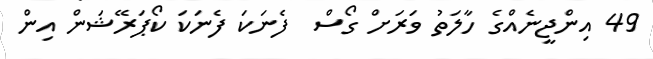
49 އިންޖީނެއްގެ ހާލަތު ވަރަށް ގޯސް  ފެނަކަ ފެނަކަ ކޯޕަރޭޝަން އިން